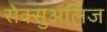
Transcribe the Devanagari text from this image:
सेक्सुअलिज